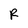
Character: R